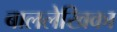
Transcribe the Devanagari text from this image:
बाललेखिका